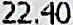
22.40